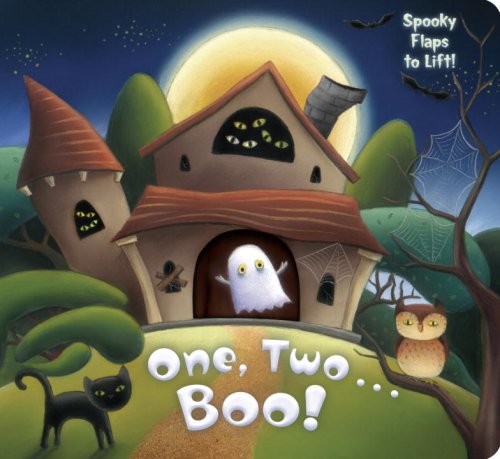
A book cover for One, Two...Boo!; Kristen L. Depken; Children's Books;